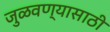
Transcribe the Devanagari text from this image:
जुळवण्यासाठी